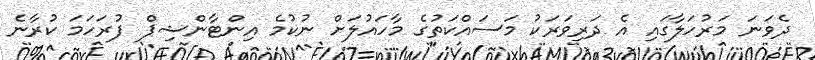
ދެވަނަ މަރުހަލާގައި އެ ދަރިވަރަކު މަސައްކަތުގެ މާހައުލަށް ނުކުމެ އިންޓާންޝިޕް ފުރަހަމަ ކުރާނެ